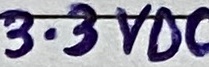
Text: 3.3VDC